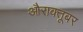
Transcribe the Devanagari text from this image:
औराक्तूबर